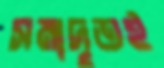
সমাদৃতই